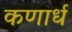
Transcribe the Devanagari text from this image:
कणार्ध